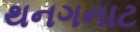
થનગનાટ